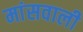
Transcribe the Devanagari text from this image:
मांसवाली